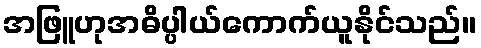
အဖြူဟုအဓိပ္ပါယ်ကောက်ယူနိုင်သည်။